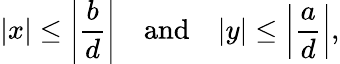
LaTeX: |x|\leq\left|{\frac{b}{d}}\right|\quad{\mathrm{and}}\quad|y|\leq\left|{\frac{a}{d}}\right|,